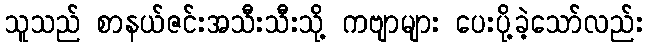
သူသည် စာနယ်ဇင်းအသီးသီးသို့ ကဗျာများ ပေးပို့ခဲ့သော်လည်း